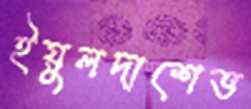
ইয়ুলদাশেভ